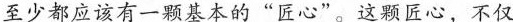
至少都应该有一颗基本的”匠心”。这颗匠心，不仅